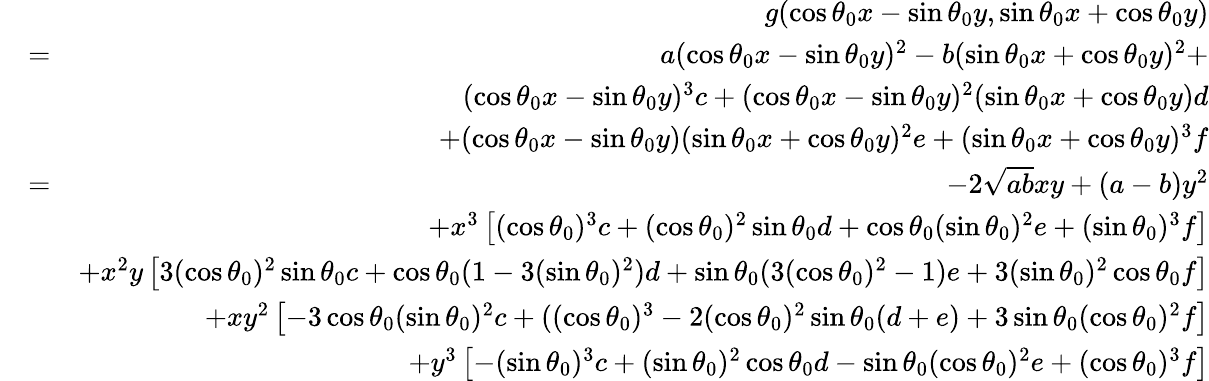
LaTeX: \begin{array}{rlr}&{}&{g(\cos\theta_{0}x-\sin\theta_{0}y,\sin\theta_{0}x+\cos\theta_{0}y)}\\ &{=}&{a(\cos\theta_{0}x-\sin\theta_{0}y)^{2}-b(\sin\theta_{0}x+\cos\theta_{0}y)^{2}+}\\ &{}&{(\cos\theta_{0}x-\sin\theta_{0}y)^{3}c+(\cos\theta_{0}x-\sin\theta_{0}y)^{2}(\sin\theta_{0}x+\cos\theta_{0}y)d}\\ &{}&{+(\cos\theta_{0}x-\sin\theta_{0}y)(\sin\theta_{0}x+\cos\theta_{0}y)^{2}e+(\sin\theta_{0}x+\cos\theta_{0}y)^{3}f}\\ &{=}&{-2\sqrt{ab}xy+(a-b)y^{2}}\\ &{}&{+x^{3}\left[(\cos\theta_{0})^{3}c+(\cos\theta_{0})^{2}\sin\theta_{0}d+\cos\theta_{0}(\sin\theta_{0})^{2}e+(\sin\theta_{0})^{3}f\right]}\\ &{}&{+x^{2}y\left[3(\cos\theta_{0})^{2}\sin\theta_{0}c+\cos\theta_{0}(1-3(\sin\theta_{0})^{2})d+\sin\theta_{0}(3(\cos\theta_{0})^{2}-1)e+3(\sin\theta_{0})^{2}\cos\theta_{0}f\right]}\\ &{}&{+xy^{2}\left[-3\cos\theta_{0}(\sin\theta_{0})^{2}c+((\cos\theta_{0})^{3}-2(\cos\theta_{0})^{2}\sin\theta_{0}(d+e)+3\sin\theta_{0}(\cos\theta_{0})^{2}f\right]}\\ &{}&{+y^{3}\left[-(\sin\theta_{0})^{3}c+(\sin\theta_{0})^{2}\cos\theta_{0}d-\sin\theta_{0}(\cos\theta_{0})^{2}e+(\cos\theta_{0})^{3}f\right]}\end{array}